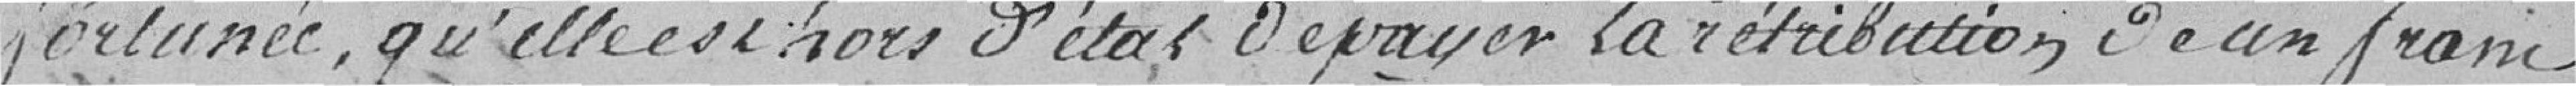
fortunée, qu'elle est hors d'état de payer la rétribution de un franc